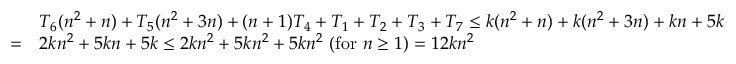
{ \begin{array} { r l } & { T _ { 6 } ( n ^ { 2 } + n ) + T _ { 5 } ( n ^ { 2 } + 3 n ) + ( n + 1 ) T _ { 4 } + T _ { 1 } + T _ { 2 } + T _ { 3 } + T _ { 7 } \leq k ( n ^ { 2 } + n ) + k ( n ^ { 2 } + 3 n ) + k n + 5 k } \\ { = } & { 2 k n ^ { 2 } + 5 k n + 5 k \leq 2 k n ^ { 2 } + 5 k n ^ { 2 } + 5 k n ^ { 2 } \ ( { \mathrm { f o r ~ } } n \geq 1 ) = 1 2 k n ^ { 2 } } \end{array} }